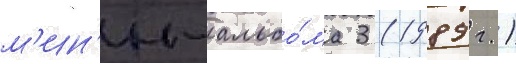
м'ин'и-альбо́ма 3 (1989 г.)